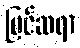
မြင်ဆရာ